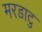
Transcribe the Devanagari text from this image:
मरडाटु